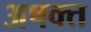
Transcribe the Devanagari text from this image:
अषक्त